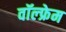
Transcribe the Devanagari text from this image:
वॉल्फ्रेम